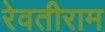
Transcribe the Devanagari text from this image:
रेवतीराम